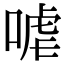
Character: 㖸